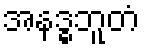
အနဒ္ဓဘူတံ